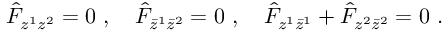
\hat { { F } } _ { z ^ { 1 } z ^ { 2 } } = 0 \ , \quad \hat { { F } } _ { \bar { z } ^ { 1 } \bar { z } ^ { 2 } } = 0 \ , \quad \hat { { F } } _ { z ^ { 1 } \bar { z } ^ { 1 } } + \hat { { F } } _ { z ^ { 2 } \bar { z } ^ { 2 } } = 0 \ .